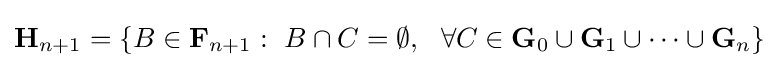
\mathbf {H} _{n+1}=\{B\in \mathbf {F} _{n+1}:\ B\cap C=\emptyset ,\ \ \forall C\in \mathbf {G} _{0}\cup \mathbf {G} _{1}\cup \dots \cup \mathbf {G} _{n}\}